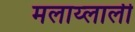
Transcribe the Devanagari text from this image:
मलाय्लाली